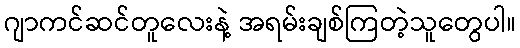
ဂျာကင်ဆင်တူလေးနဲ့ အရမ်းချစ်ကြတဲ့သူတွေပါ။